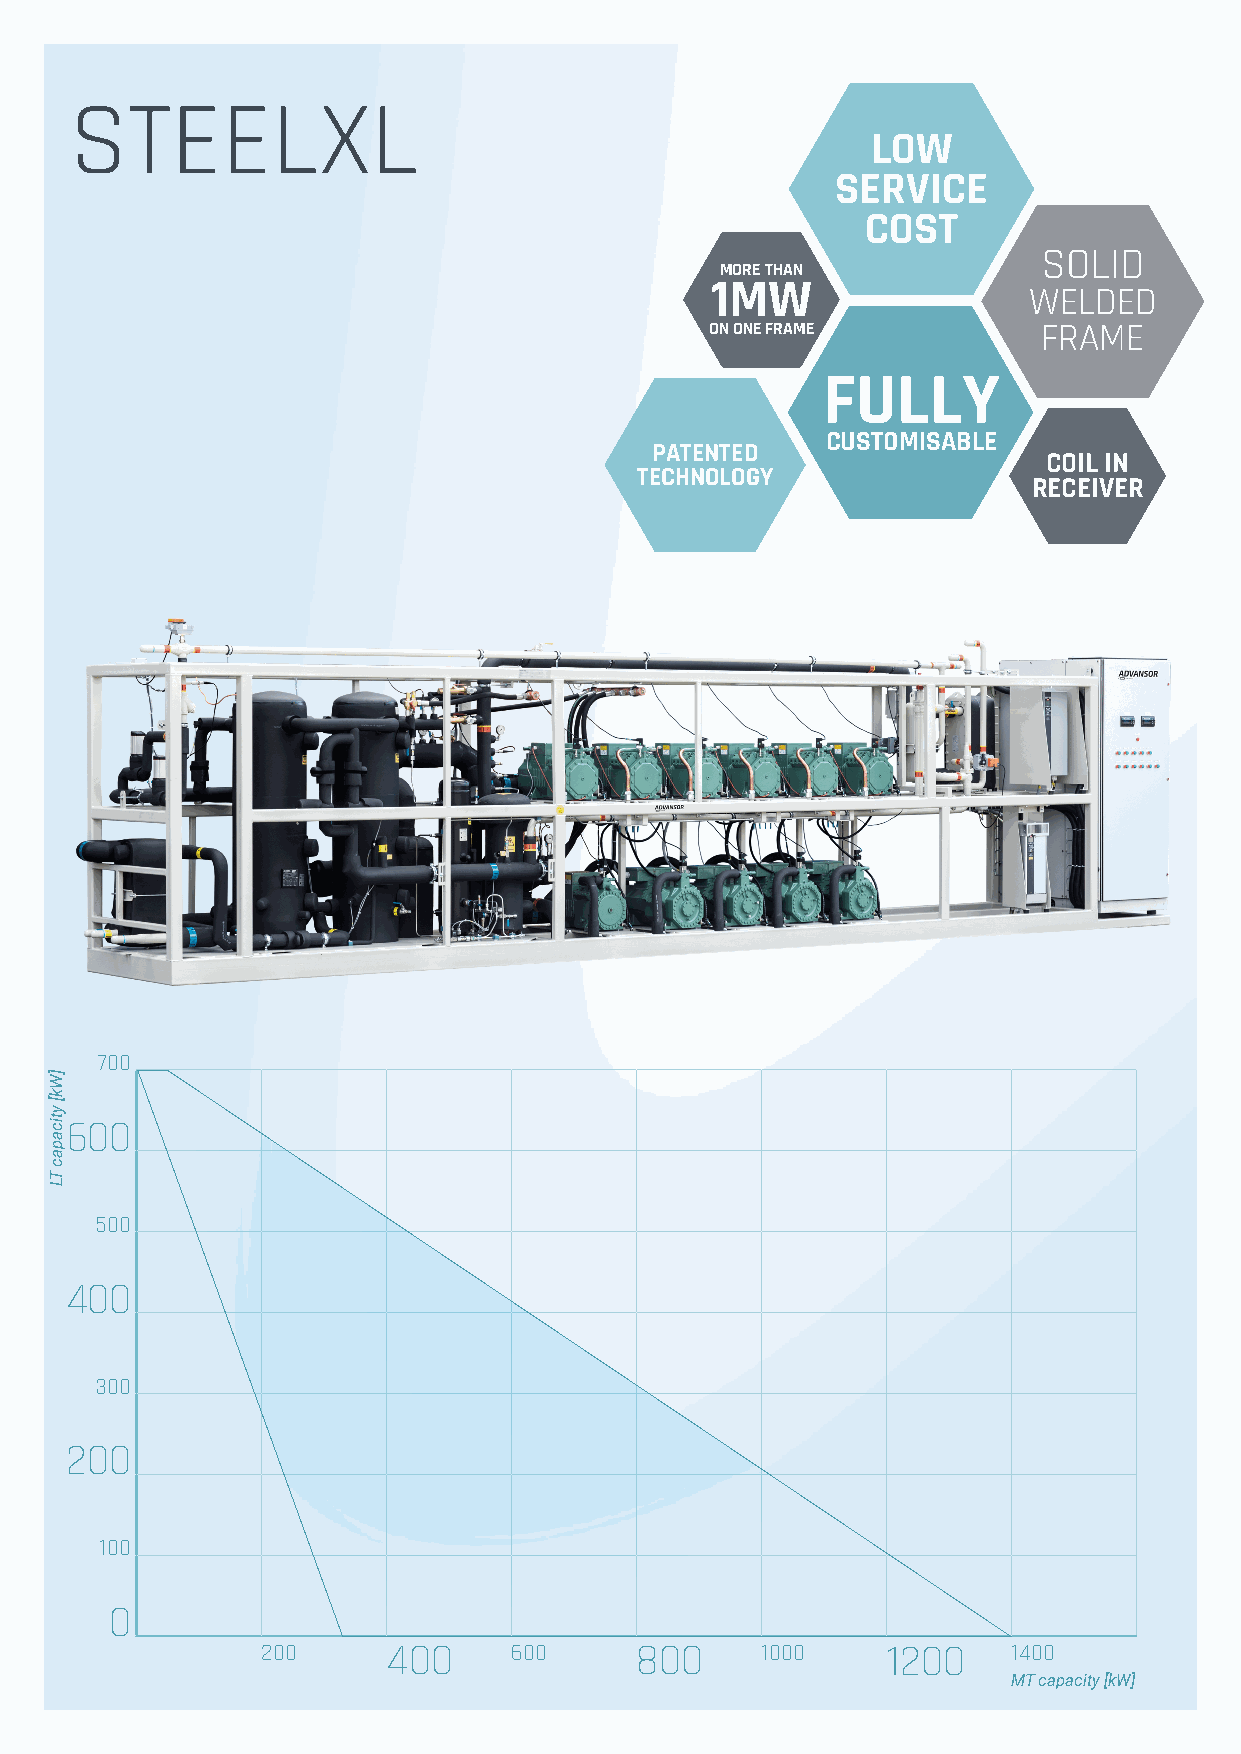
S  TEELXL
 LOW
 SERVICE
 COST
 SOLID
 MORE THAN
 1MW
 WELDED
 ON ONE FRAME          FRAME
 FULLY
 CUSTOMISABLE
 PATENTED
 COIL IN
 TECHNOLOGY
 RECEIVER
 700
 600
 500
 400
 300
 200
 100
 0
 200      400     600     800     1000     1200    1400
 MT capacity [kW]
 ]Wk[
 yticapac
 TL